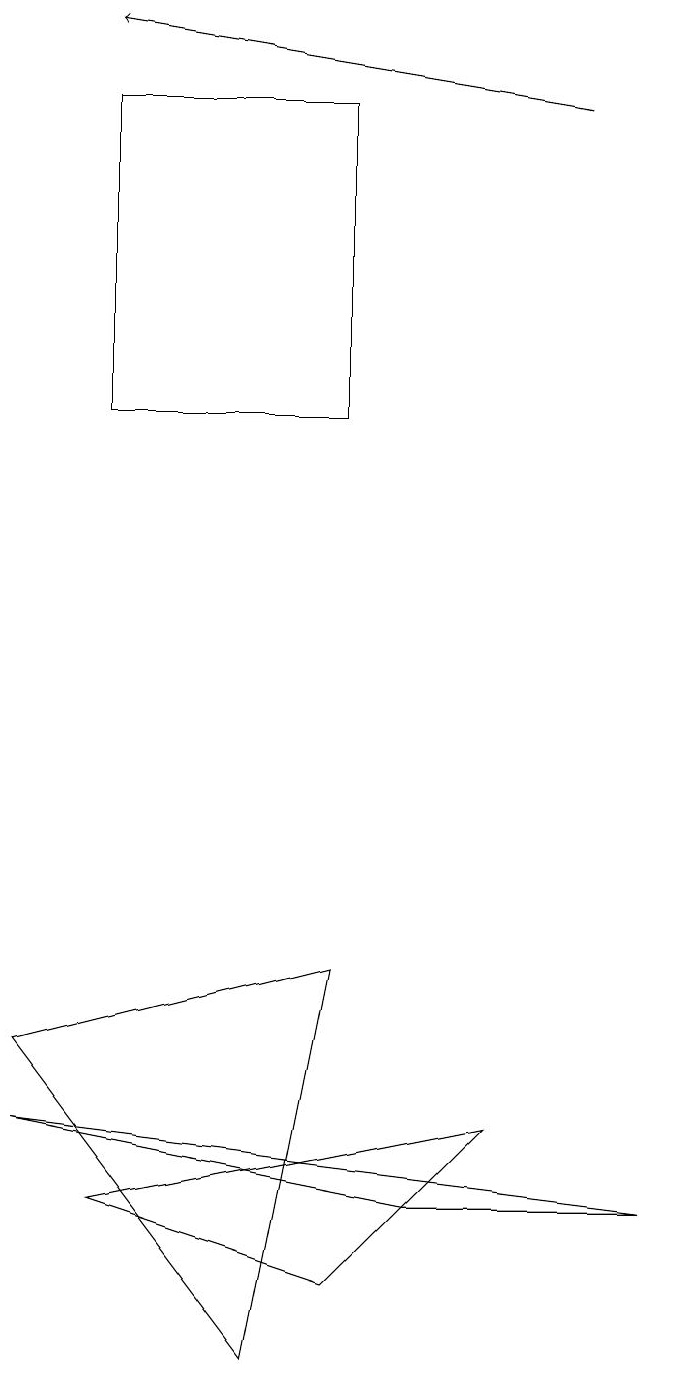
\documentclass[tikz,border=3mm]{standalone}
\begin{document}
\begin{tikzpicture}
\draw (0,3) -- (5,2) -- (8,2) -- cycle;
\draw (6,3) -- (4,1) -- (1,2) -- cycle;
\draw (4,12) rectangle (1,16);
\draw (4,5) -- (0,4) -- (3,0) -- cycle;
\draw[->] (7,16) -- (1,17);
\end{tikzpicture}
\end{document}